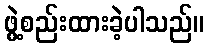
ဖွဲ့စည်းထားခဲ့ပါသည်။